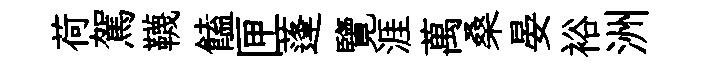
荷駕韈饁匣蓬覽涯萬桑晏裕洲